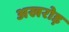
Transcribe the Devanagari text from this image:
अखरोड़